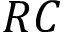
R C